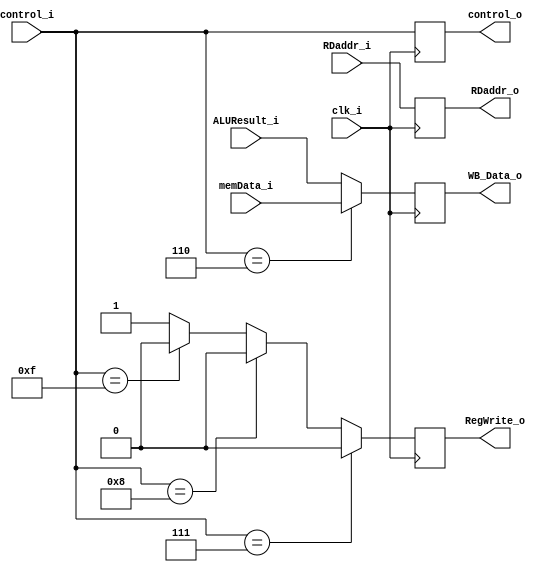
module MEM_WB
(	
	clk_i,
	control_i,
	memData_i,
	ALUResult_i,
	RDaddr_i,
	control_o,
	WB_Data_o,
	RDaddr_o,
	RegWrite_o
);

input				clk_i;
input	[ 3:0]		control_i;	
input	[31:0]		memData_i;
input	[31:0]		ALUResult_i;
input	[ 4:0]		RDaddr_i;
output	reg [ 3:0]		control_o;
output	reg [31:0]		WB_Data_o;
output	reg [ 4:0]		RDaddr_o;
output	reg				RegWrite_o;

always @(posedge clk_i) begin
	control_o	<= control_i;
	WB_Data_o	<= (control_i == 4'b0110)? memData_i:		// lw
				   ALUResult_i;								// others
	RDaddr_o	<= RDaddr_i;
	RegWrite_o  <= (control_i == 4'b0111) ? 0:				// sw
				   (control_i == 4'b1000) ? 0:				// branch
				   (control_i == 4'b1111) ? 0:				// nop
				   1;										// others		
end

endmodule